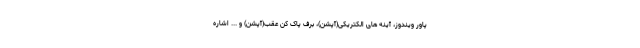
پاور ویندوز، آینه های الکتریکی(آپشن)، برف پاک کن عقب(آپشن) و ... اشاره